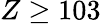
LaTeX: Z\ge 103